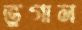
ভুগান